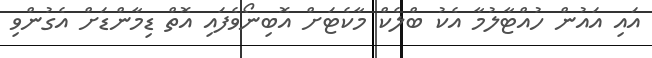
އައި އައުން ހުއްޓާލުމާ އެކު ބްލެކް މާކެޓަށް އޮބިނޯވެފައި އޮތް ޑިމާންޑަށް އެގުންވި